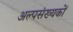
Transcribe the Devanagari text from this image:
अल्पसंख्‍यकों